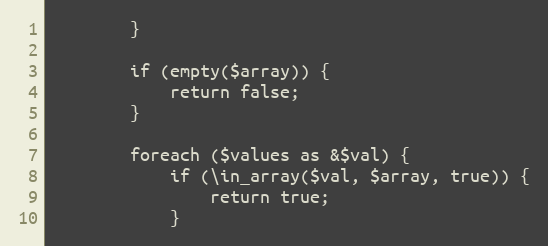
Language: PHP
        }

        if (empty($array)) {
            return false;
        }

        foreach ($values as &$val) {
            if (\in_array($val, $array, true)) {
                return true;
            }